Vaccination North-Western Provinces and Oudh 1878-1895 - 1878-1895
Year: 1878
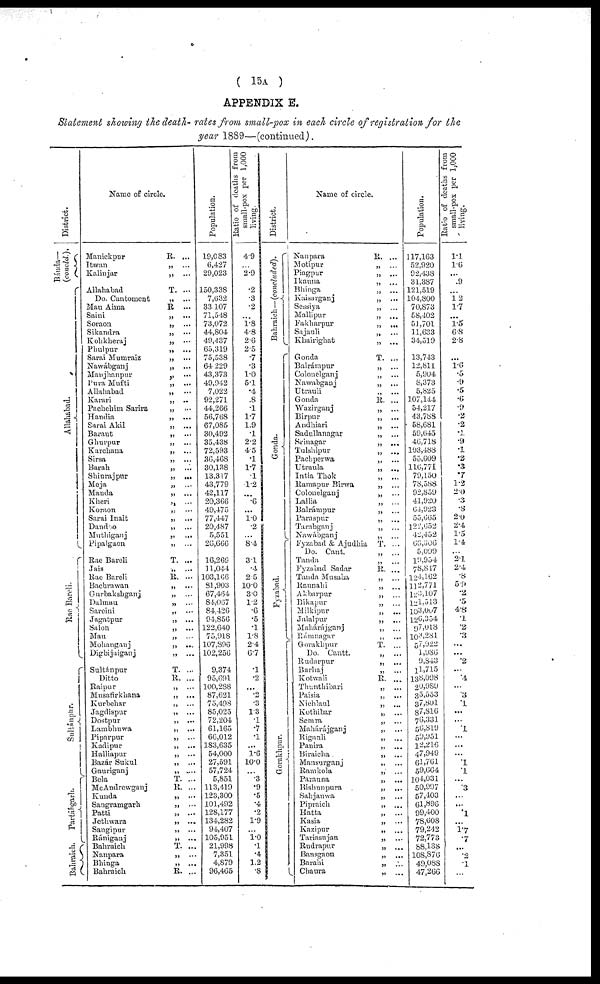
( 15A )
APPENDIX E.
Statement showing the death- rates from small-pox in each circle of registration for the
year 1889—(continued) .
District.
Báuda—
(concld.).
Allahabad.
Rao Bareli.
Sultánpur.
Partáhgarh.
Bahraich.
Name of circle.
Manickpur
R. ...
Itwan
„ ...
Kalinjar
„ ...
Allahabad
T. ...
Do. Cantornent
„ ...
Mau Aima
R ...
Saini
„
...
Soraon
„ ...
Sikandra
„ ...
Kohkheraj
„ ...
Phulpur
„
...
Sarai Mumraiz
„ ...
Nawábganj
Manjhanpur
„ ...
Pura Mufti
„
...
Allahabad
„ ...
Karari
„ ...
Pachchim Sarira.
„
...
Handia
„ ...
Sarai Akil
„ ...
Baraut
„ ...
Ghurpur
„ ...
Karchana
„
...
Sirsa
„ ...
Barah
„ ...
Shiurajpur
„
...
Meja
„ ...
Manda
„ ...
Kheri
„ ...
Koraon
„ ...
Sarai Inait
„ ...
Dand o
„
...
Muthiganj
„
...
Pipalgaon
„ ...
Rae Bareli
T. ...
Jais
„ ...
Rae Bareli
R. ...
Bachiawan
„ ...
Gurbakshganj
„ ...
Dalmau
„ ...
Sareini
„ ...
Jagatpur
„
...
Salon
„
...
Mau
„ ...
Mohanganj
„ ...
Digbijaiganj
„
...
Sultánpur
T. ...
Ditto
R. ...
Raipur
„ ...
Musafirkhana
„ ...
Kurbehar
„
...
Jagdispur
„ ...
Dostpur
„ ...
Lambhuwa
„ ...
Piparpur
„
...
Kadipur
„ ...
Halliapur
„ ...
Bazár Sukul
„ ...
Gauriganj
„ ....
Bela
T. ...
McAndrewganj
R. ...
Kunda
„
...
Sangramgarh
„ ...
Patti
„ ...
Jethwara
„ ...
Sangipur
„ ...
Rániganj
„ ...
Bahraich
T. ...
Nanpara
„ ...
Bhinga
„ ...
Bahraich
R. ...
Population.
19,083
6,427
29,023
150,338
7,632
33,107
71,548
73,072
44,804
49,437
65,319
75,538
64,229
43,373
49,942
7,022
92,271
44,266
56,768
67,085
30,492
35,438
72,593
36,468
30,138
13,317
43,779
42,117
20,366
49,475
77,447
20,487
5,551
26,666
16,269
1 1,044
103,106
81,903
67,464
84,067
84,426
94,856
122,640
75,918
107,396
102,256
9,374
95,691
100,288
87,621
75,498
85,025
72,204
61,165
66,012
183,635
54,000
27,591
57,724
5,851
113,419
123,300
101,492
128,177
134,282
94,407
105,951
21,998
7,351
4,879
96,465
Ratio of deaths from
small-pox per 1,000
living.
4.9
...
2.9
.2
.3
.2
...
1.8
4.8
2.6
2.5
.7
.3
1.0
5.1
.4
.8
.1
1.7
1.9
.1
2.2
4.5
.1
1.7
.1
1.2
...
.6
...
1.0
.2
...
8.4
3.1
.4
2.5
10.0
3.0
1.2
.6
.5
.1
1.8
2.4
6.7
.1
.2
...
.2
.3
1.3
.1
.7
.1
...
1.6
10.0
...
.3
.9
.5
.4
.2
1.9
...
1. 0
.1
.4
1.2
.8
District.
Bahraich—(concluded).
Gonda.
Fyzabad.
Gorakhpur.
Name of circle.
Nanpara
R. ...
Motipur
„ ...
Piagpur
„ ...
Ikauna
„ ...
Bhinga
„ ...
Kaisarganj
„ ...
Sessiya
„ ...
Mallipur
„ ...
Fakharpur
„
...
Sajauli
„ ...
Khairighat
„ ...
Gonda
T. ...
Balrámpur
„ ...
Colonelganj
„ ...
Nawabganj
„ ...
Utrauli
„ ...
Gonda
R. ...
Wazirganj
„ ...
Birpur
„ ...
Andhiari
„ ...
Sadullanagar
„ ...
Srinagar
„ ...
Tulshipur
„
...
Pachperwa
„ ...
Utraula
„ ...
Intia Thok
„
...
Ramapur Birwa
„ ...
Colonelganj
„ ...
Lallia
„ ...
Balrámpur
„ ...
Paraspur
„ ...
Tarabganj
„ ...
Nawábganj
„ ...
Fyzabad & Ajudhia
T. ...
Do. Cant.
„
...
Tanda
„ ...
Fyzabad Sadar
R. ...
Tanda Musaha
„ ...
Raunahi
„
...
Akbarpur
„ ...
Bikapur
„ ...
Milkipur
„
...
Jalalpur
„ ...
Mahárájganj
„ ...
Rámnagar
„
...
Gorakhpur
T. ...
Do. Cantt.
„ ...
Rudarpur
„ ...
Barhaj
„ ...
Kotwali
R. ...
Thunthibari
„ ...
Paisia
„ ...
Nichlaul
„ ...
Kothibar
„ ...
Semra
„ ...
Mahárájganj
„ ...
Rigauli
„ ...
Panira
„ ...
Biraicha
„ ...
Mansurganj
„ ...
Ramkola
„ ...
Parauna
„ ...
Bishunpura
„
...
Sahjanwa
„ ...
Pipraich
„ ...
Hatta
„
...
Kasia
„ ...
Kazipur
„
...
Tariasujan
„ ...
Rudrapur
„ ...
Bansgaon
„ ...
Barahi
„ ...
Chaura
„
...
Population.
117,163
52,920
92,438
31,387
121,519
104,800
70,873
58,402
51,701
11,633
34,519
13,743
12,811
5,904
8,373
5,825
107,144
54,217
43,788
58,681
59,645
40,718
103,488
55,609
110,771
79,150
78,588
92,859
41,920
64,923
55,665
122,652
42,452
66,306
5,099
19,954
78,817
124,162
112,771
123,107
121,513
103,007
126,354
97,018
103,28l
57,922
1,980
9,843
11,715
138,098
20,989
35,553
37,801
87,816
76,331
56,819
59,951
12,216
47,949
61,761
59,664
104,031
50,997
57,403
61,896
99,400
78,608
79,242
72,773
88,138
108,870
49,088
47,266
Ratio of deaths from
small-pox per 1,000
living.
1.1
1.6
...
.9
...
1.2
1.7
...
1.5
6.8
2.8
...
1.6
.5
.9
.5
.6
.9
.2
.2
.1
.9
.1
.2
.3
.7
1.2
2.0
.3
.8
2.0
2.4
1.5
1.4
...
2.1
2.4
.8
5.9
.2
.5
4.8
.1
.2
.3
...
...
.2
...
.4
...
.3
.1
...
...
.1
...
...
...
.1
.1
...
.3
...
...
.1
...
1.7
.7
...
.2
.1
...